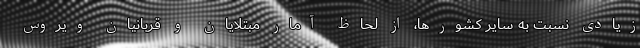
زیادی نسبت به سایر کشورها، از لحاظ آمار مبتلایان و قربانیان ویروس